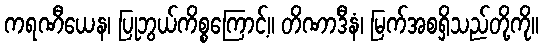
ကရဏီယေန၊ ပြုဘွယ်ကိစ္စကြောင့်။ တိဏာဒီနံ၊ မြက်အစရှိသည်တို့ကို။